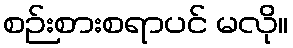
စဉ်းစားစရာပင် မလို။